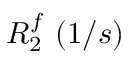
R _ { 2 } ^ { f } ~ ( 1 / s )